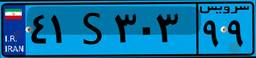
۴۱S۳۰۳۹۹